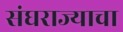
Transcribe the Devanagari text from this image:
संघराज्याचा